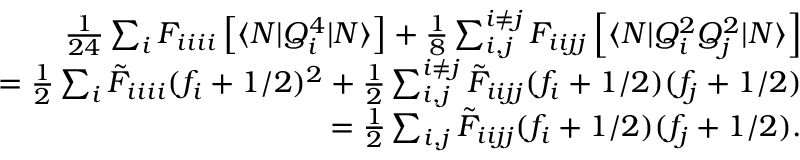
\begin{array} { r l r } & { } & { \frac { 1 } { 2 4 } \sum _ { i } F _ { i i i i } \left[ \langle N | Q _ { i } ^ { 4 } | N \rangle \right] + \frac { 1 } { 8 } \sum _ { i , j } ^ { i \neq j } F _ { i i j j } \left[ \langle N | Q _ { i } ^ { 2 } Q _ { j } ^ { 2 } | N \rangle \right] } \\ & { } & { = \frac { 1 } { 2 } \sum _ { i } \tilde { F } _ { i i i i } { ( f _ { i } + 1 / 2 ) ^ { 2 } } + \frac { 1 } { 2 } \sum _ { i , j } ^ { i \neq j } \tilde { F } _ { i i j j } ( f _ { i } + 1 / 2 ) ( f _ { j } + 1 / 2 ) } \\ & { } & { = \frac { 1 } { 2 } \sum _ { i , j } \tilde { F } _ { i i j j } ( f _ { i } + 1 / 2 ) ( f _ { j } + 1 / 2 ) . } \end{array}